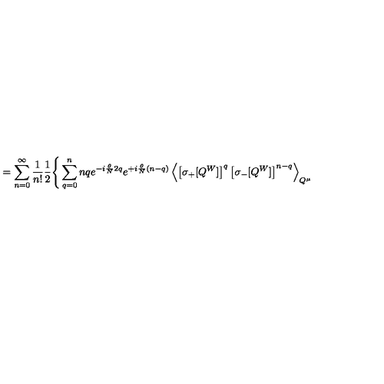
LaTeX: = \sum _ { n = 0 } ^ { \infty } \frac { 1 } { n ! } \frac { 1 } { 2 } \Bigg \{ \sum _ { q = 0 } ^ { n } { \binom { n } { q } } e ^ { - i \frac { \theta } { N } 2 q } e ^ { + i \frac { \theta } { N } ( n - q ) } \left\langle \left[ \sigma _ { + } [ Q ^ { W } ] \right] ^ { q } \left[ \sigma _ { - } [ Q ^ { W } ] \right] ^ { n - q } \right\rangle _ { Q ^ { \mu } }